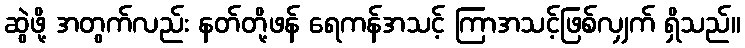
ဆွဲဖို့ အတွက်လည်း နတ်တို့ဖန် ရေကန်အသင့် ကြာအသင့်ဖြစ်လျှက် ရှိသည်။